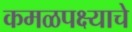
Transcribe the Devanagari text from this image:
कमळपक्ष्याचे